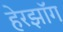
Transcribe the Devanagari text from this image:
हेरझॉग